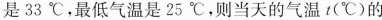
是33℃，最低气温是25℃，则当天的气温t(℃)的